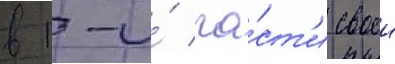
в 1-и́ ча́ст'и своеи